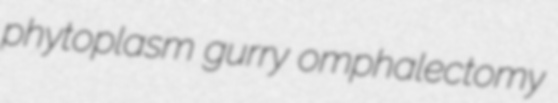
phytoplasm gurry omphalectomy